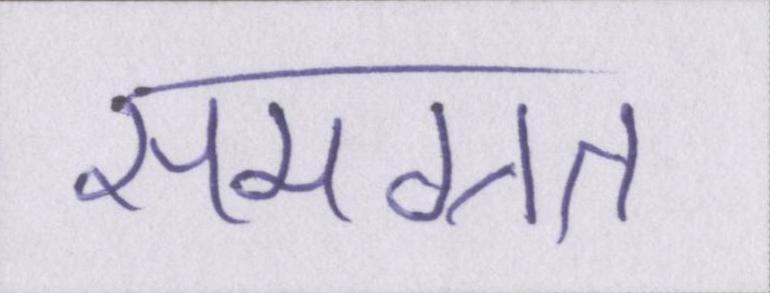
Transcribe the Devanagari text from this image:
समग्रत